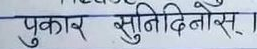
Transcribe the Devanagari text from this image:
पुकार सुनिदिनोस् ।